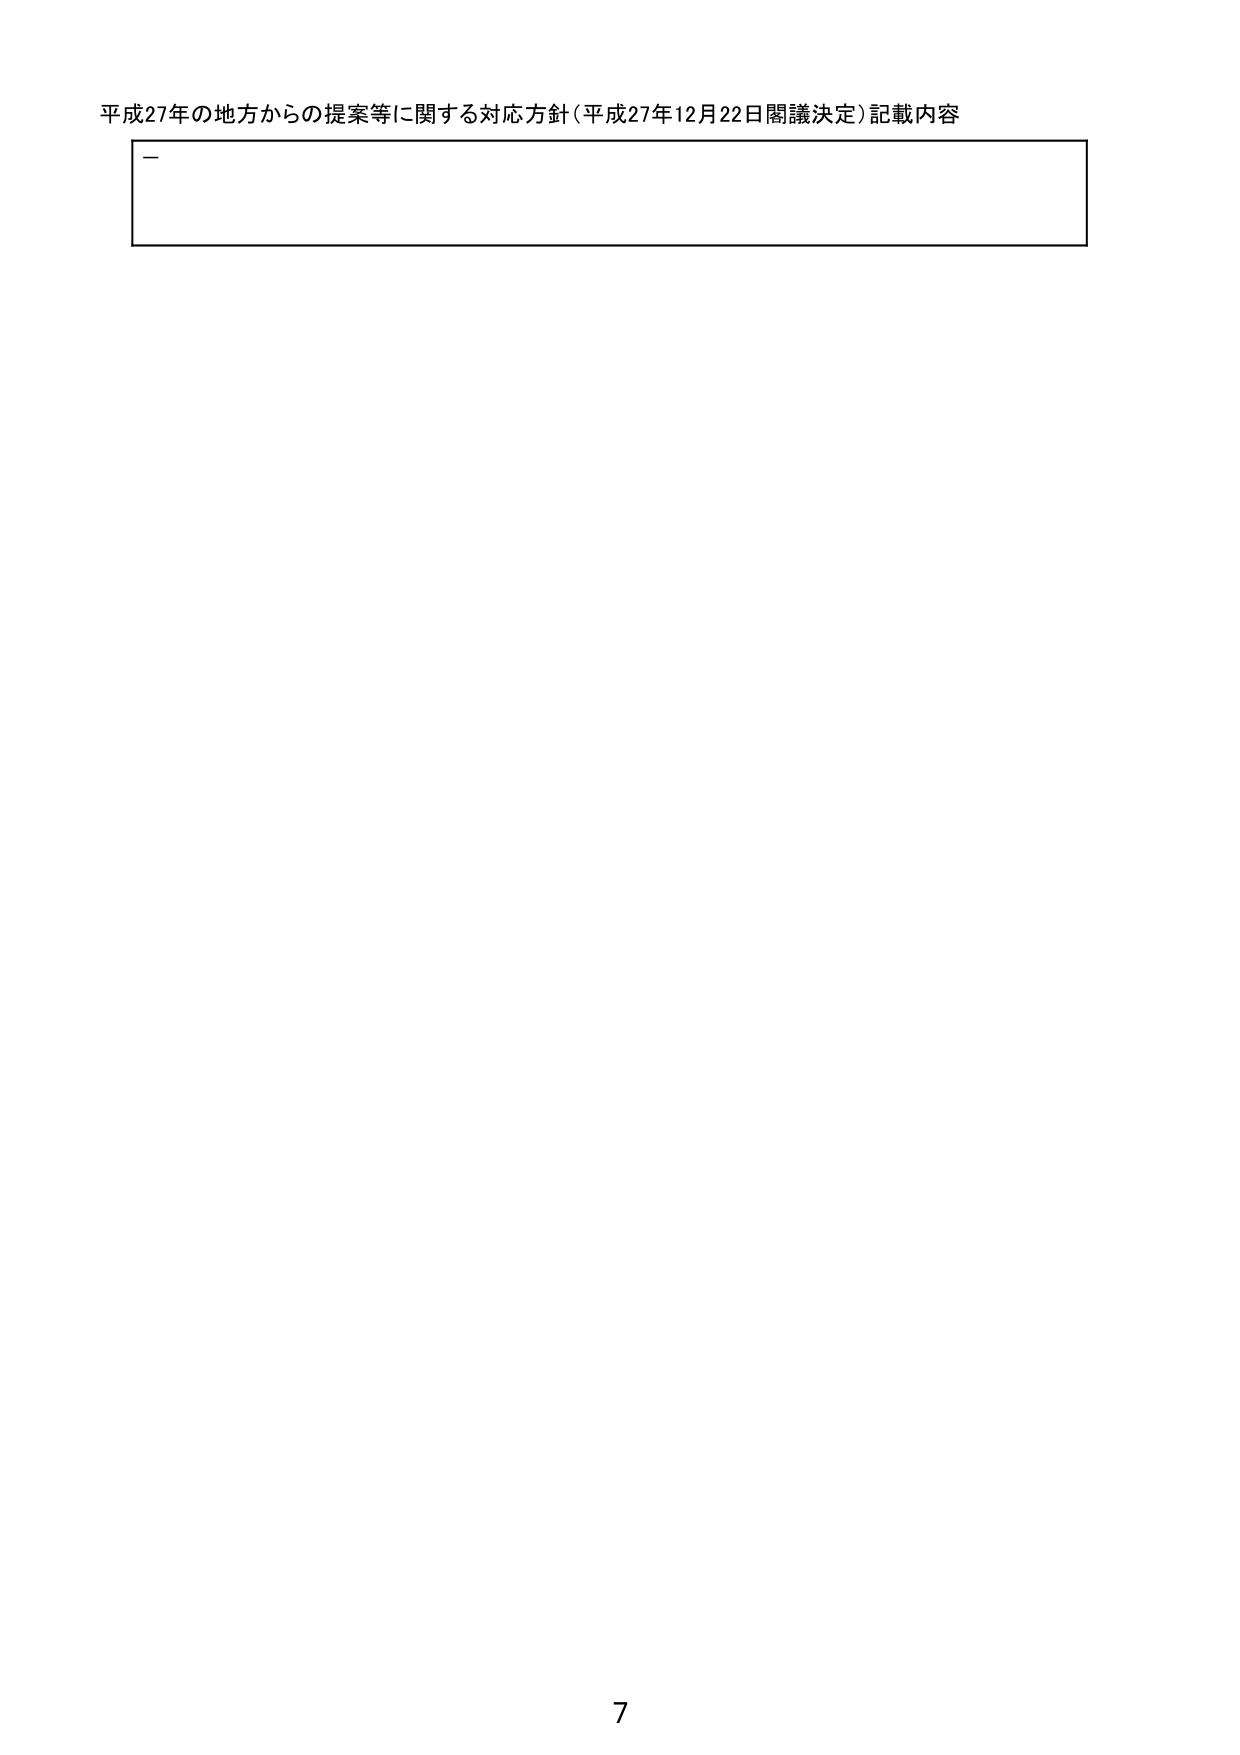
平成27年の地方からの提案等に関する対応方針（平成27年12月22日閣議決定）記載内容
－
7